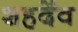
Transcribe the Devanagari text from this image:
शहर्देव